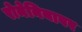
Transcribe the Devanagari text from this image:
रोमेनियावर